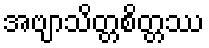
အဗျာသိတ္တစိတ္တဿ